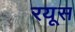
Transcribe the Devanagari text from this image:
रयूस